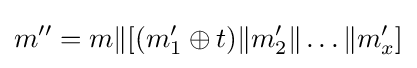
m''=m\|[(m_{1}'\oplus t)\|m_{2}'\|\dots \|m_{x}']